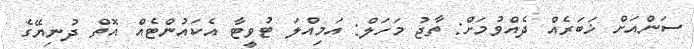
ސަންއަށް ޚަބަރެއް ދެއްވުމަށް: ތާޖު މަހަލް: އަމިއްލަ ޓުވީޓާ އެކައުންޓެއް އޮތް ދުނިޔޭގެ